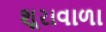
શૂરાવાળા